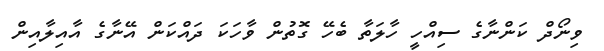
ވިނޯދް ކަންނާގެ ސިއްހީ ހާލަތާ ބެހޭ ގޮތުން ވާހަކަ ދައްކަން އޭނާގެ އާއިލާއިން